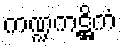
ကဏ္ဍကဋ္ဌိကံ